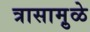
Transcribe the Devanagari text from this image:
त्रासामु़ळे